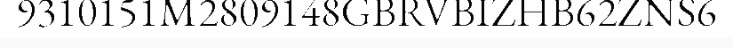
9310151M2809148GBRVBIZHB62ZNS6